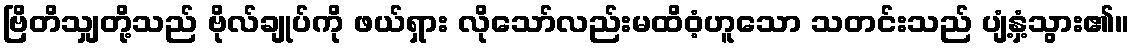
ဗြိတိသျှတို့သည် ဗိုလ်ချုပ်ကို ဖယ်ရှား လိုသော်လည်းမထိဝံ့ဟူသော သတင်းသည် ပျံ့နှံ့သွား၏။